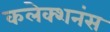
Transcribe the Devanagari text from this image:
कलेक्शनंस